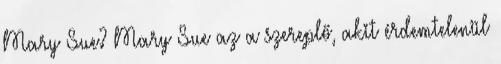
Mary Sue? Mary Sue az a szereplő, akit érdemtelenül